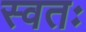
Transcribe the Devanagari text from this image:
स्वतः